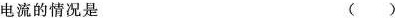
电流的情况是 ()